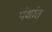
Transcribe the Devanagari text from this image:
पंथांत